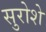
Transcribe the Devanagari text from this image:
सुरोशे